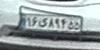
۱۶ی۸۹۴۵۵